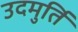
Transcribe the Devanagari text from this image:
उदमुर्ति